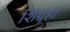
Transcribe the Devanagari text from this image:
शिग्र्हा